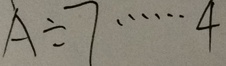
A \div 7 \cdots 4